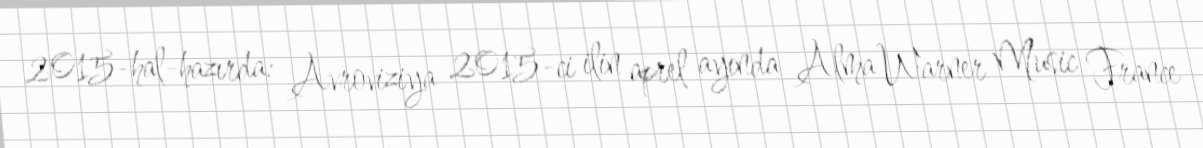
2015-hal-hazırda: Avroviziya 2015-ci ilin aprel ayında Alma Warner Music France